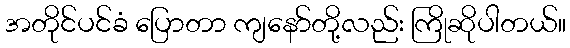
အတိုင်ပင်ခံ ပြောတာ ကျနော်တို့လည်း ကြိုဆိုပါတယ်။